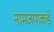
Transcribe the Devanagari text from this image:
नामजपाकडे